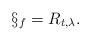
LaTeX: \begin{align*} \S_f = R_{t,\lambda}.\end{align*}